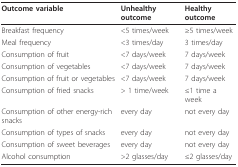
<table><thead><tr><td><b>Outcome variable</b></td><td><b>Unhealthy outcome</b></td><td><b>Healthy outcome</b></td></tr></thead><tbody><tr><td>Breakfast frequency</td><td>&lt;5 times/week</td><td>≥5 times/week</td></tr><tr><td>Meal frequency</td><td>&lt;3 times/day</td><td>3 times/day</td></tr><tr><td>Consumption of fruit</td><td>&lt;7 days/week</td><td>7 days/week</td></tr><tr><td>Consumption of vegetables</td><td>&lt;7 days/week</td><td>7 days/week</td></tr><tr><td>Consumption of fruit or vegetables</td><td>&lt;7 days/week</td><td>7 days/week</td></tr><tr><td>Consumption of fried snacks</td><td>&gt; 1 time/week</td><td>≤1 time a week</td></tr><tr><td>Consumption of other energy-rich snacks</td><td>every day</td><td>not every day</td></tr><tr><td>Consumption of types of snacks</td><td>every day</td><td>not every day</td></tr><tr><td>Consumption of sweet beverages</td><td>every day</td><td>not every day</td></tr><tr><td>Alcohol consumption</td><td>&gt;2 glasses/day</td><td>≤2 glasses/day</td></tr></tbody></table>